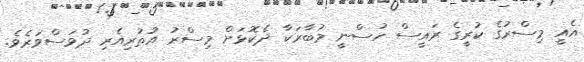
އެއީ މިސްރުގެ ކުރީގެ ރައީސް ހުސްނީ މުބާރަކާ ދެކޮޅަށް މިސްރު އުތުރިއެރި ދުވަސްވަރެވެ.